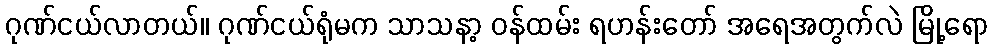
ဂုဏ်ငယ်လာတယ်။ ဂုဏ်ငယ်ရုံမက သာသနာ့ ဝန်ထမ်း ရဟန်းတော် အရေအတွက်လဲ မြို့ရော